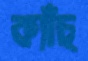
ক্যাঁচ্‌